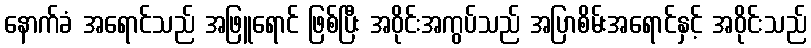
နောက်ခံ အရောင်သည် အဖြူရောင် ဖြစ်ပြီး အဝိုင်းအကွပ်သည် အပြာစိမ်းအရောင်နှင့် အဝိုင်းသည်